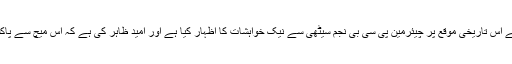
سری لنکن کرکٹ بورڈ کے صدر تھیلانگا سوماتھیپالا نے اس تاریخی موقع پر چیئرمین پی سی بی نجم سیٹھی سے نیک خواہشات کا اظہار کیا ہے اور امید ظاہر کی ہے کہ اس میچ سے پاکستان میں اںٹرنیشنل کرکٹ کی مکمل واپسی ہوجائے گی۔